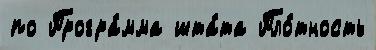
по Програ́мма шта́та Пло́тность